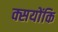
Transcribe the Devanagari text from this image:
क्सयोंकि